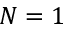
N = 1